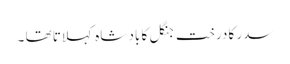
سدر کا درخت جنگل کا باد شاہ کہلاتا تھا ۔